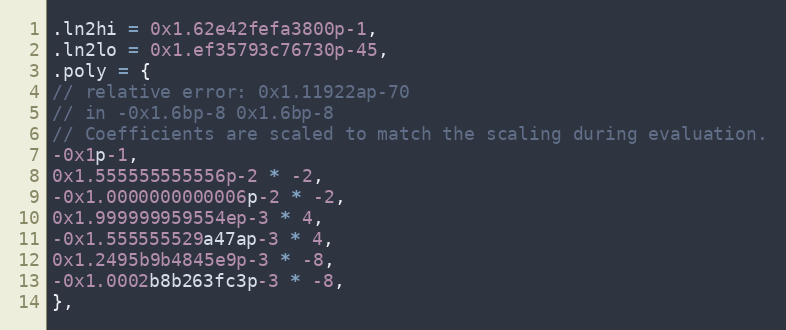
Language: C
.ln2hi = 0x1.62e42fefa3800p-1,
.ln2lo = 0x1.ef35793c76730p-45,
.poly = {
// relative error: 0x1.11922ap-70
// in -0x1.6bp-8 0x1.6bp-8
// Coefficients are scaled to match the scaling during evaluation.
-0x1p-1,
0x1.555555555556p-2 * -2,
-0x1.0000000000006p-2 * -2,
0x1.999999959554ep-3 * 4,
-0x1.555555529a47ap-3 * 4,
0x1.2495b9b4845e9p-3 * -8,
-0x1.0002b8b263fc3p-3 * -8,
},